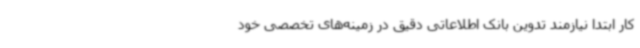
کار ابتدا نیازمند تدوین بانک اطلاعاتی دقیق در زمینه‌های تخصصی خود